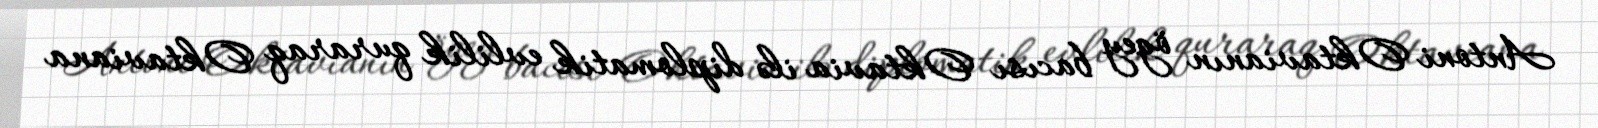
Antoni Oktavianın ögey bacısı Oktavia ilə diplomatik evlilik quraraq Oktaviana